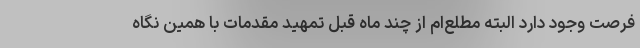
فرصت وجود دارد البته مطلع‌ام از چند ماه قبل تمهید مقدمات با همین نگاه